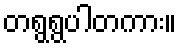
တရွရွပါတကား။